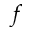
f